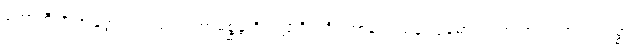
ဟောတီတိ အတ္ထော။ အထ ဝါ ကာမစ္ဆန္ဒာဒိဩဠာရိကင်္ဂပ္ပဟာနဝသေန သုခုမာ စ သာ ဘူတတာယ သစ္စာ